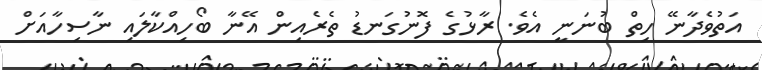
އަތުވެދާނޭ ހިތް ބުނަނީ އެވެ. ރާޅުގެ ފޮނުގަނޑު ތެރެއިން އޭނާ ބޯހިއްކާލައި ނާސިހާއަށް